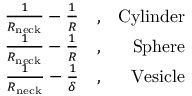
\begin{array} { r l r } { \frac { 1 } { R _ { \mathrm { n e c k } } } - \frac { 1 } { R } } & { , } & { \mathrm { C y l i n d e r } } \\ { \frac { 1 } { R _ { \mathrm { n e c k } } } - \frac { 1 } { R } } & { , } & { \mathrm { S p h e r e } } \\ { \frac { 1 } { R _ { \mathrm { n e c k } } } - \frac { 1 } { \delta } } & { , } & { \mathrm { V e s i c l e } } \end{array}